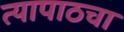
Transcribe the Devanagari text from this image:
त्यापाठचा